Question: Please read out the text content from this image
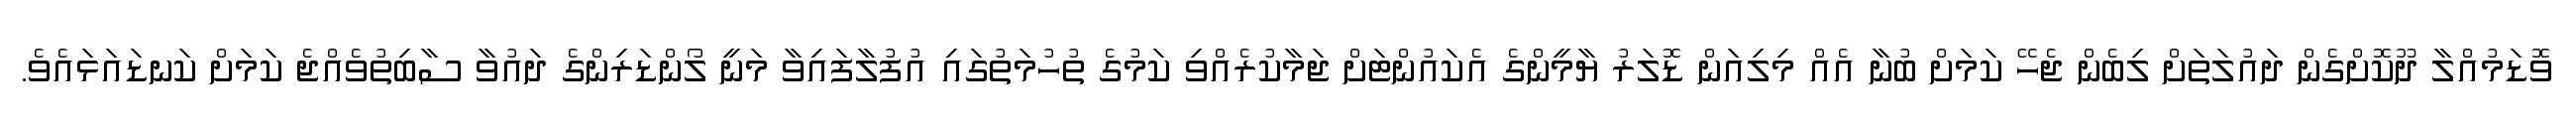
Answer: ވޮޑަމުއްލާ ދޫކޮށްގެން ދައުލަތަށް ލިބެން ޖެހޭ ކަމަށް ބުނާ އެއް މިލިއަން ޑޮލަރު ޔާމީންގެ އެކައުންޓަށް ޖަމާކުރެއްވި ކަމުގެ ތުހުމަތުގައި އުފުލާފައިވާ މަނީ ލޯންޑަރިންގެ ދައުވާ ސާބިތުވެއްޖެ ކަމަށް ކަނޑައަޅައެވެ.